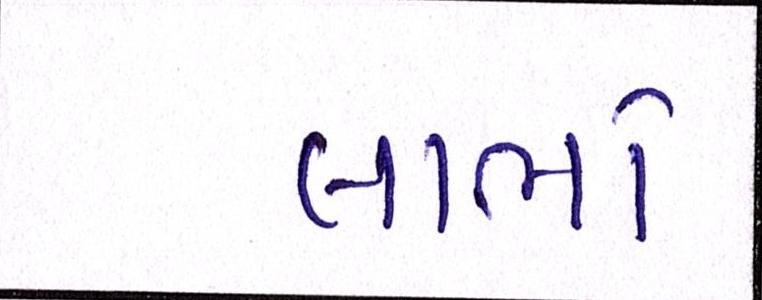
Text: લાભો